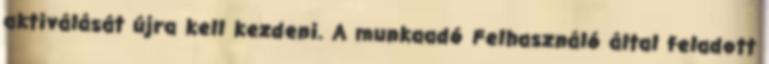
aktiválását újra kell kezdeni. A munkaadó Felhasználó által feladott